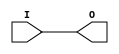
module OBUF(
    (* iopad_external_pin *)
    output O,
    input I);
  parameter IOSTANDARD = "default";
  parameter DRIVE = 12;
  parameter SLEW = "SLOW";
  assign O = I;
  specify
    (I => O) = 0;
  endspecify
endmodule